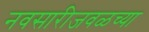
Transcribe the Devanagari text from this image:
नवसारीजवळच्या